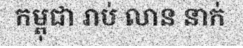
កម្ពុជា រាប់ លាន នាក់